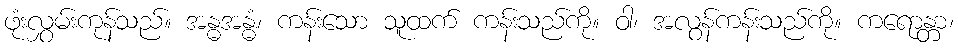
ဖုံးလွှမ်းကုန်သည်။ အန္ဓအန္ဓံ၊ ကန်းသော သူထက် ကန်းသည်ကို။ ဝါ၊ အလွန်ကန်းသည်ကို။ ကရောန္တာ၊